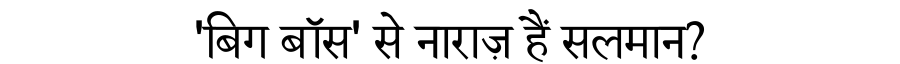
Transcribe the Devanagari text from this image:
'बिग बॉस' से नाराज़ हैं सलमान?